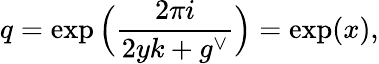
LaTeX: q=\exp\Big(\frac{2\pi i}{2yk+g^{\vee}}\Big)=\exp(x),